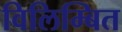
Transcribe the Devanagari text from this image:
विलिम्बित